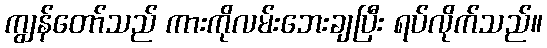
ကျွန်တော်သည် ကားကိုလမ်းဘေးချပြီး ရပ်လိုက်သည်။